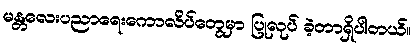
မန္တလေးပညာရေးကောလိပ်တွေမှာ ပြုလုပ် ခဲ့တာရှိပါတယ်။